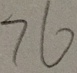
7 6